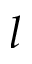
l